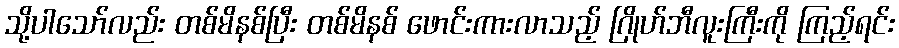
သို့ပါသော်လည်း တစ်မိနစ်ပြီး တစ်မိနစ် ဖောင်းကားလာသည့် ဂြိုဟ်ဘီလူးကြီးကို ကြည့်ရင်း